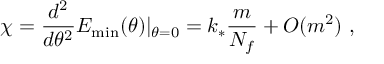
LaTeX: \chi = \frac { d ^ { 2 } } { d \theta ^ { 2 } } { \cal E } _ { \mathrm { m i n } } ( \theta ) | _ { \theta = 0 } = k _ { * } \frac { m } { N _ { f } } + { \cal { O } } ( m ^ { 2 } ) \, \, ,